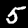
Digit: 5